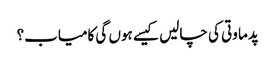
پدما وتی کی چالیں کیسے ہوں گی کامیاب؟